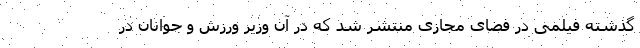
گذشته فیلمی در فضای مجازی منتشر شد که در آن وزیر ورزش و جوانان در